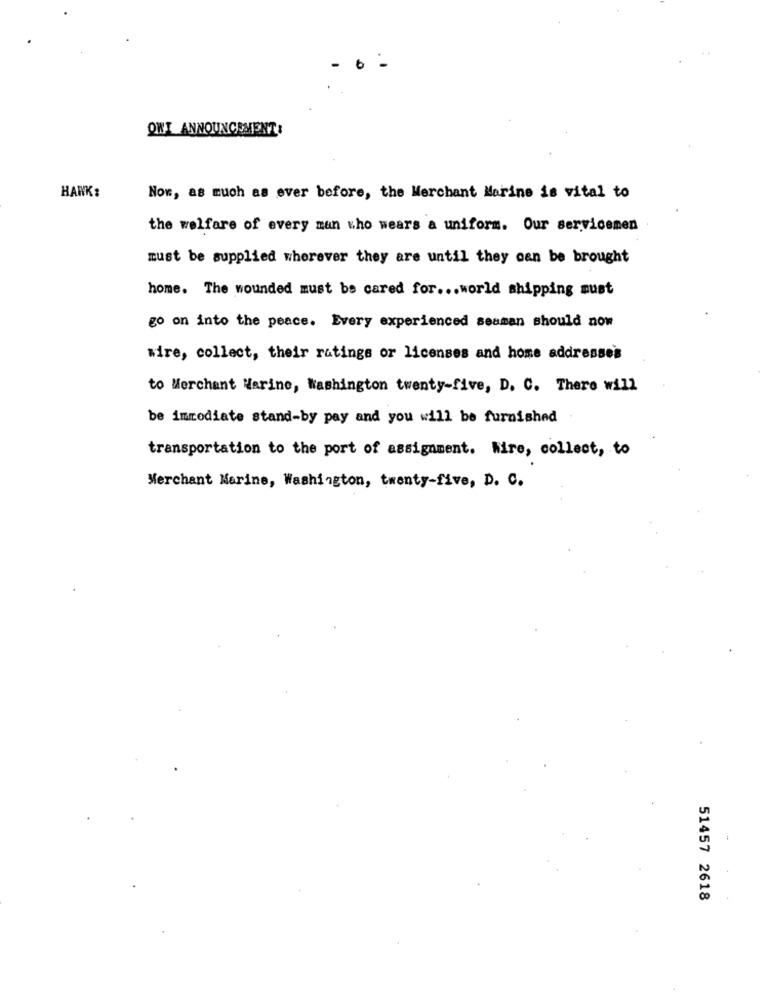
OWI ANNOUNCEMENT:
HAWK:
Now, as much as ever before, the Merchant Marine is vital to
the welfare of every man who wears a uniform. Our servicemen
must be supplied wherever they are until they can be brought
home. The wounded must be cared for ... world shipping must
go on into the peace. Every experienced seaman should now
wire, collect, their ratings or licenses and home addresse's
to Merchant Marine, Washington twenty-five, D. C. There will
be immediate stand-by pay and you will be furnished
transportation to the port of assignment. hire, collect, to
Merchant Marine, Washington, twenty-five, D. C.
51457 2618